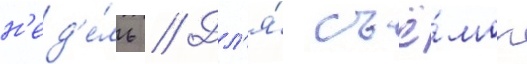
н'ед'е́ль // Дл'я́ съё́мок